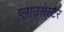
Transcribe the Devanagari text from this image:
ग्लाउसेस्टर